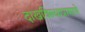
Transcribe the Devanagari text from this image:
दाखविल्याप्रामाणे